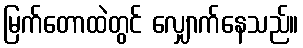
မြက်တောထဲတွင် လျှောက်နေသည်။